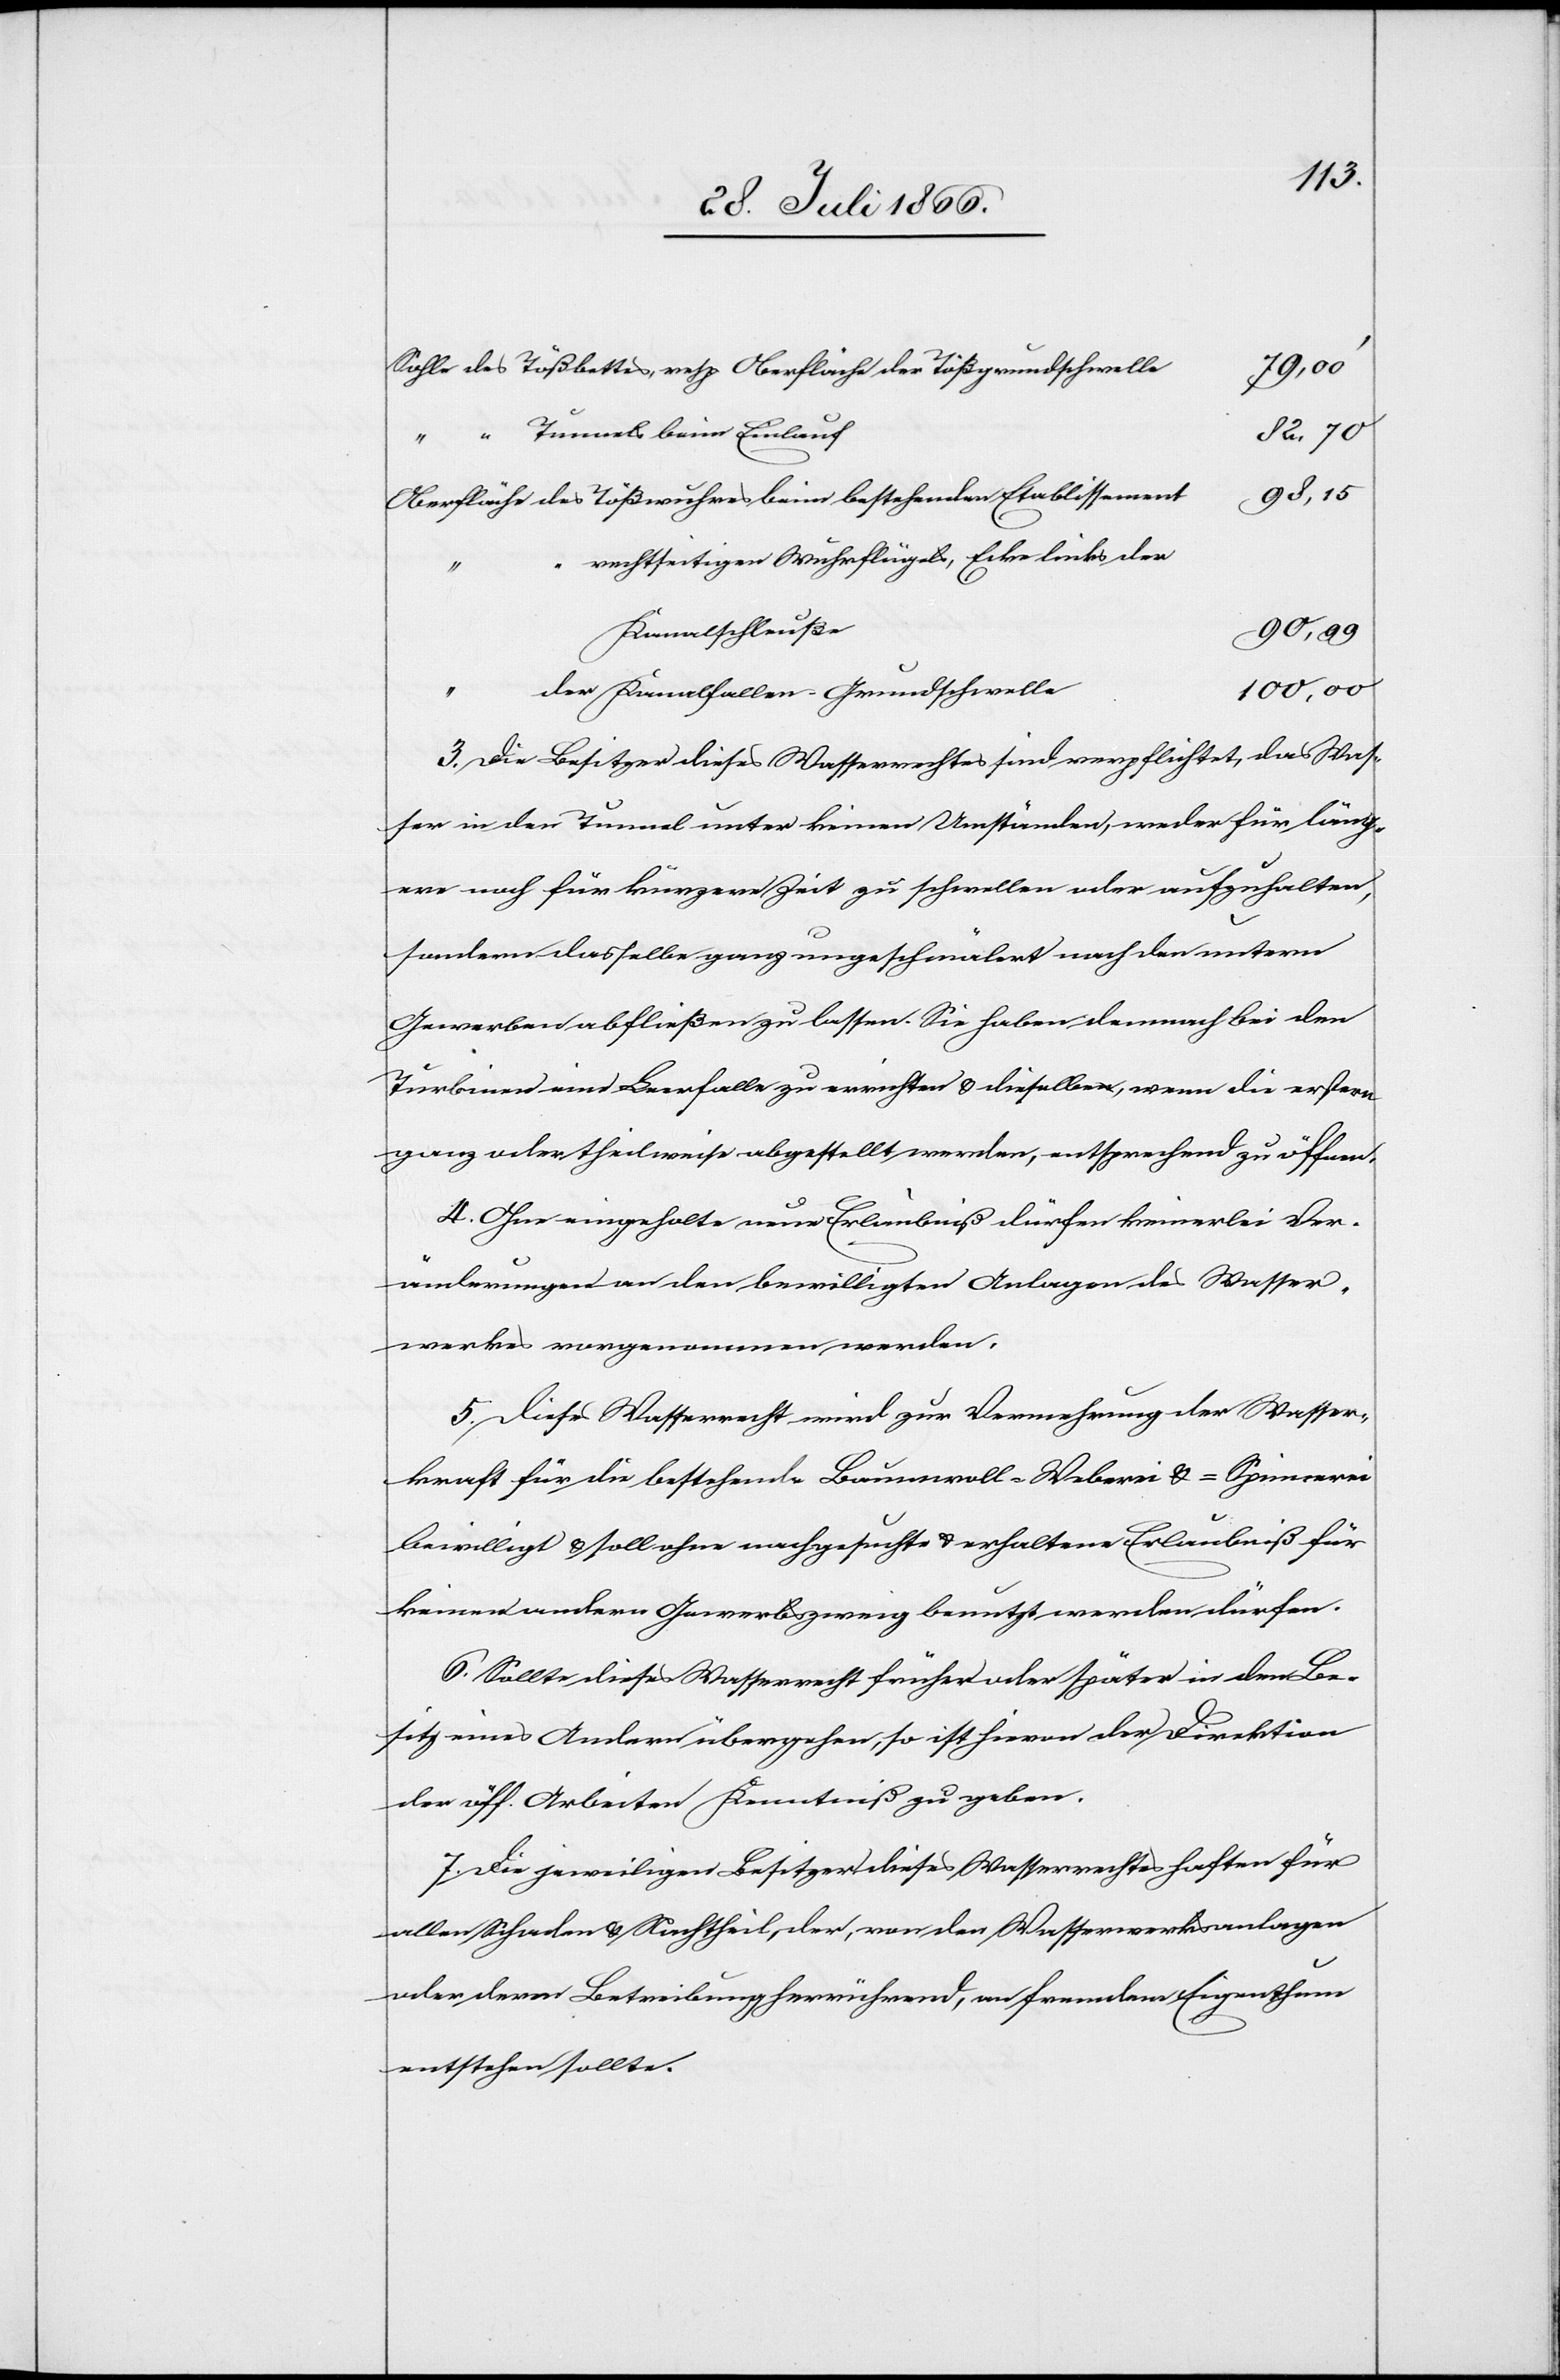
79,00‘
98,15
rechtseitigen Wuhrflügels, Ecke links der
Kanalschleuße
90,99
den Etablissement
100,00
Kanalfallen-Grundschwelle
3. Die Besitzer dieses Wasserrechtes sind verpflichtet, das Was¬
ser in den Tunnel unter keinen Umständen, weder für läng¬
ere noch für kürzere Zeit zu schwellen oder aufzuhalten,
sondern dasselbe ganz ungeschmälert nach den untern
Gewerben abfließen zu lassen. Sie haben demnach bei den
Turbinen eine Leerfalle zu errichten u. dieselbe, wenn die erstern
ganz oder theilweise abgestellt werden, entsprechend zu öffnen.
4. Ohne eingeholte neue Erlaubniß dürfen keinerlei Ver¬
änderungen an den bewilligten Anlagen des Wasser¬
werkes vorgenommen werden.
5. Dieses Wasserrecht wird zur Vermehrung der Wasser¬
kraft für die bestehende Baumwoll-Weberei u. -Spinnerei
bewilligt u. soll ohne nachgesuchte u. erhaltene Erlaubniß für
keinen andern Gewerbszweig benutzt werden dürfen.
6. Sollte dieses Wasserrecht früher oder später in den Be¬
sitz eines Andern übergehen, so ist hievon der Direktion
der öff. Arbeiten Kenntniß zu geben.
7. Die jeweiligen Besitzer dieses Wasserrechtes haften für
allen Schaden u. Nachtheil, der, von der Wasserwerksanlage
oder deren Betreibung herrührend, an fremdem Eigenthum
entstehen sollte.